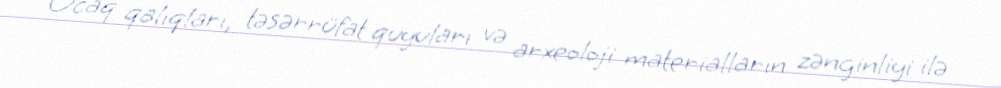
Ocaq qalıqları, təsərrüfat quyuları və arxeoloji materialların zənginliyi ilə